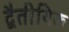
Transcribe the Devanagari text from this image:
द्वैतीयिक